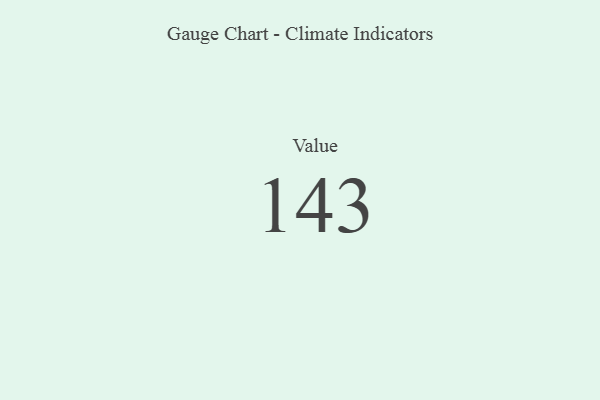
{"axis": {"x": "Metric", "y": "Value"}, "legend": [""], "data": [{"x": "Value", "y": 143, "type": ""}]}